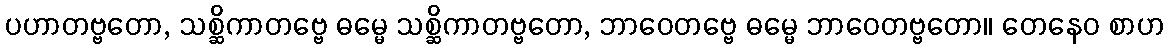
ပဟာတဗ္ဗတော, သစ္ဆိကာတဗ္ဗေ ဓမ္မေ သစ္ဆိကာတဗ္ဗတော, ဘာဝေတဗ္ဗေ ဓမ္မေ ဘာဝေတဗ္ဗတော။ တေနေဝ စာဟ